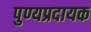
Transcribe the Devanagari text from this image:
पुण्यप्रदायक